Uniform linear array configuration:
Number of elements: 48
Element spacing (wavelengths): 0.75
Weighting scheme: uniform
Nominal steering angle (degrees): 60
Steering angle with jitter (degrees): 59.751
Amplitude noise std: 0.05
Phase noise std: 0.05

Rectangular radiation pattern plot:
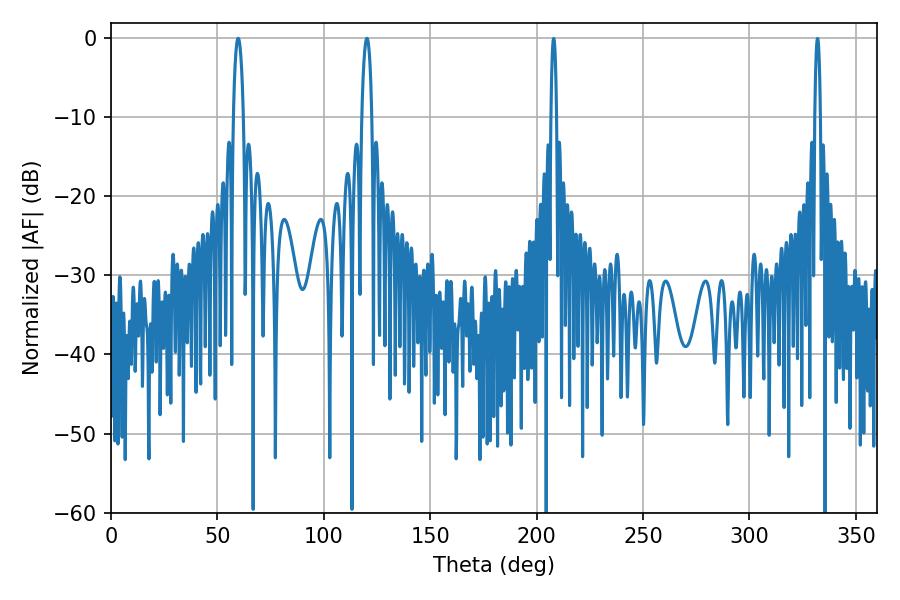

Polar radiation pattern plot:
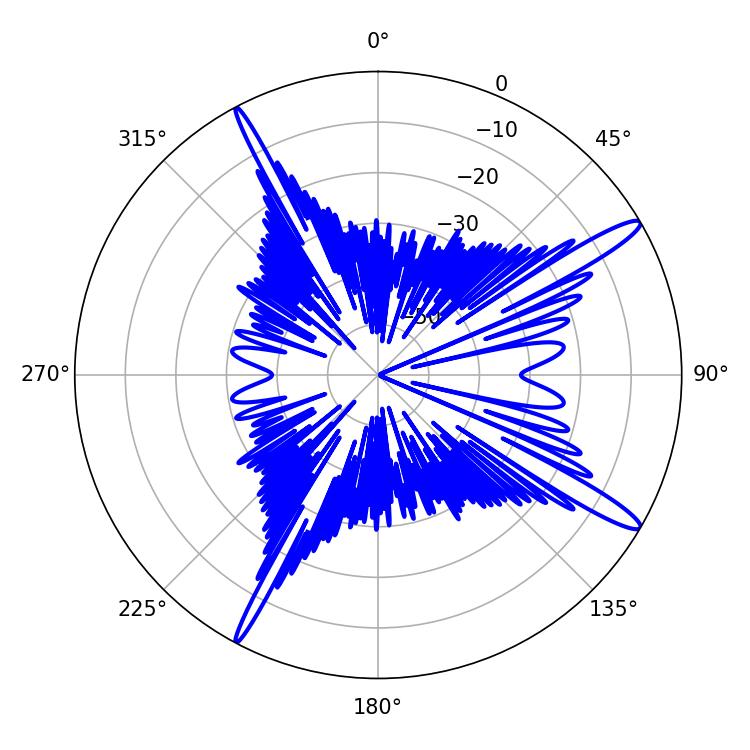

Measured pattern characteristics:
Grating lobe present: TRUE
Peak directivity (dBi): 14.839
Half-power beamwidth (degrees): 2.52
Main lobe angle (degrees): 59.76